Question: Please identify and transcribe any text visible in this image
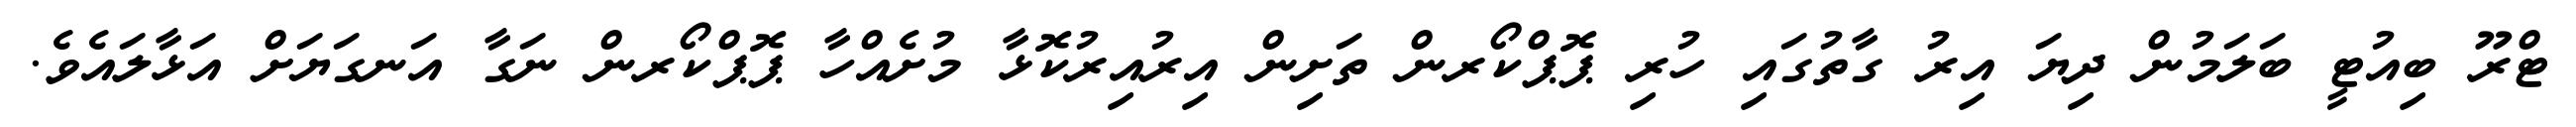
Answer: ޓްރޫ ބިއުޓީ ބަލަމުން ދިޔަ އިރު ގާތުގައި ހުރި ޕޮޕްކޯރން ތަށިން އިރުއިރުކޮޅާ މުށެއްހާ ޕޮޕްކޯރން ނަގާ އަނގަޔަށް އަޅާލައެވެ.